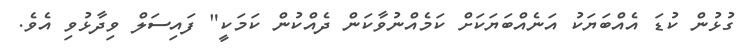
ގުޅުން ކުޑަ އެއްބަޔަކު އަނެއްބަޔަކަށް ކަމެއްނުވާކަން ދެއްކުން ކަމަކީ" ފައިސަލް ވިދާޅުވި އެވެ.